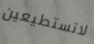
لاتستطيعين